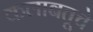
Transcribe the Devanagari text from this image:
कलाबतूचे